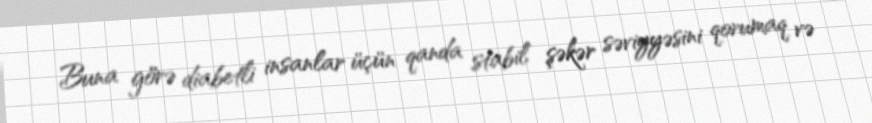
Buna görə diabetli insanlar üçün qanda stabil şəkər səviyyəsini qorumaq və